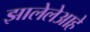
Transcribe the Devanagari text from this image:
झालेलेआहे